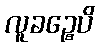
လူခဉ္စေပိ